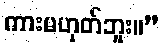
ကားမဟုတ်ဘူး။”